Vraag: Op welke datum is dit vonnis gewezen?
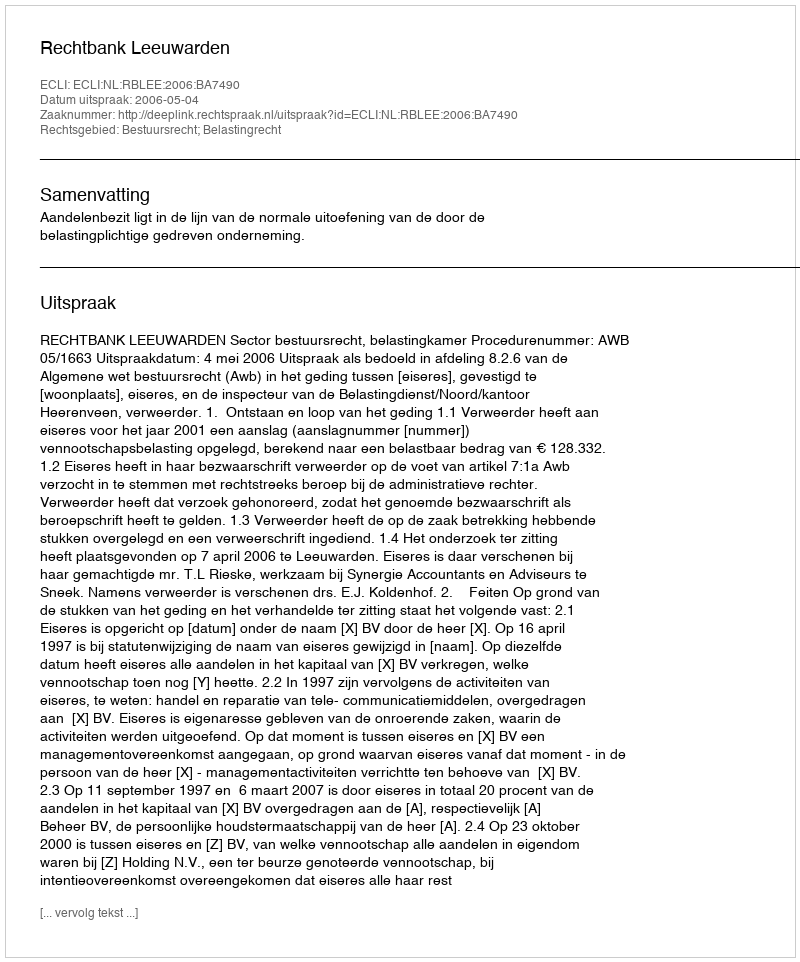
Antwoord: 2006-05-04